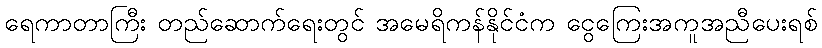
ရေကာတာကြီး တည်ဆောက်ရေးတွင် အမေရိကန်နိုင်ငံက ငွေကြေးအကူအညီပေးရစ်